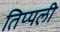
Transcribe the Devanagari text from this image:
तिप्पली